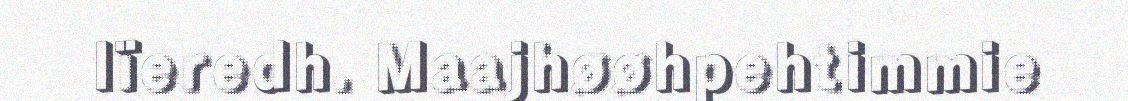
lïeredh. Maajhøøhpehtimmie